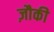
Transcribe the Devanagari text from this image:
ज़ौकी